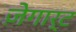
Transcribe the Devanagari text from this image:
ज़ेगार्ट